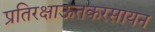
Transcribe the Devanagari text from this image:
प्रतिरक्षाऊतकरसायन